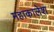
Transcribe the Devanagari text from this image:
महाकालेश